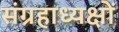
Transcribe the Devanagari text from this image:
संग्रहाध्यक्षों